Annual report on the lock hospitals of the Madras Presidency
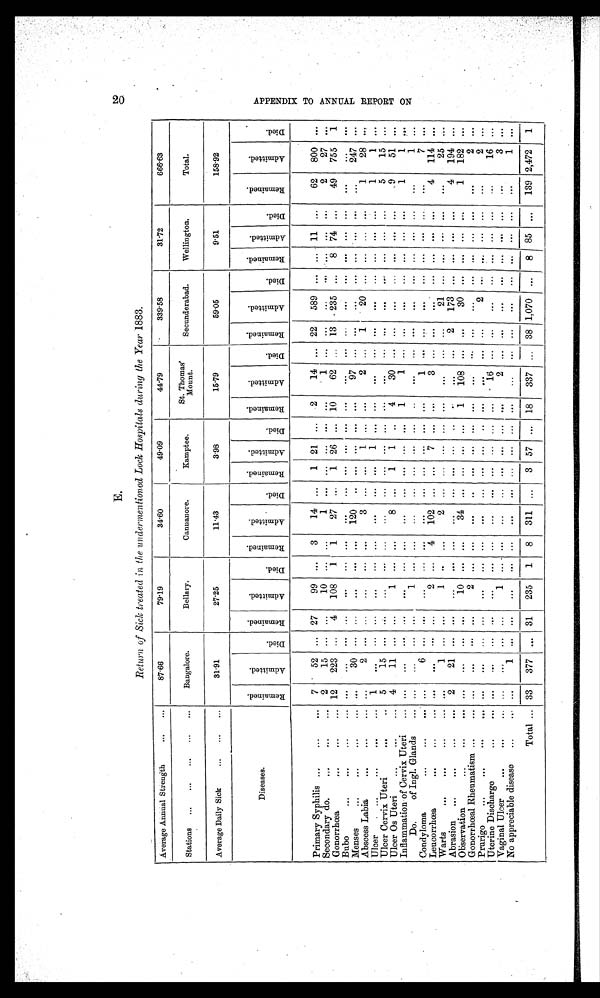
E.
Return of Sick treated in the undermentioned Lock Hospitals during the Year 1883.
Average Annual Strength
... ...
87.66
7919
3 4 . 6 0
49.09
44.79
339.58
31.72
6 6 6 . 6 3
Stations ... ... ... ... ...
Bangalore.
Bellary.
Cannanore.
Kamptee.
St. Thomas'
Mount.
Secunderabad.
Wellington.
Total.
Average Daily Sick
... ... ...
31.91
27.25
11.43
3.98
15.79
59.05
9.51
158.92
Diseases.
R e m a i n e d .
A d m i t t e d .
Di e d .
R e m a i n t e d .
A d m i t t e d .
D i e d .
R e m a i n e d .
A d m i t t e d .
D i e d .
R e m a i n e d .
A d m i t t e d .
D i e d .
R e m a i n e d .
A d m i t t e d .
D i e d .
R e ma i n e d .
A d m i t t e d .
D i e d .
R e ma i n e d . Ad mi t t e d .
D i e d .
R e m a i n e d .
A d m i t t e d .
D i e d .
Primary Syphilis ...
...
... 7
52 ... 27
99 ... 3
14 ... 1 21 ... 2
14 ... 22 589 ... ... 11 ...
62 800
...
Secondary do.
...
...
... 2
15 ... ...
10 ... ...
1
... ... ... ... ...
1
... ...
...
. . .
... ... ...
2
27 ...
Gonorrhoea
...
...
... 12 223 ... 4 108
1 1
27 ... 1 26 ... 10
62 ... 13 235 ... 8 74 ...
49 755 1
Bubo
...
...
...
... ... ... ...
...
...
. . .
... ... ... ... ...
...
... ...
... ... ... ... ...
. . .
... ...
Menses
...
...
...
30 ... ...
...
... ...
120
... ... ... ... ...
97 ... ...
...
... ... ...
...
. . .
247 ...
Abscess Labia
...
... ... 2
... ...
...
... ...
3 ... ...
1
... ...
2 ... 1
20
... ... ... ...
1
28 ...
Ulcer . ...
...
...
... 1
...
... ...
. . . ... ...
... ... ...
1 ... ...
... ... ...
. . .
... ... ... ...
1
1 ...
Ulcer Cervix Uteri
...
.. 5
15 ... ...
...
... ...
... ... ... ... ... ...
. . .
... ...
. . .
... ... ... ...
5
15 ...
Ulcer Os Uteri
...
... 4
11 ... ...
1 ... ...
8 ...
1 1 ..
4
30 ... ...
... ... ... ... ...
9
51 ...
Inflammation of Cervix Uteri
...
...
... ...
...
... ...
... ... ... ... ...
1
1 ...
... ... ... ... ... ...
1
1 ...
Do. of Ingl. Glands
.... ...
...
... ...
1 ... ...
...
... ... ... ...
..
. . .
... ...
. . .
... ... ... ...
...
1 ...
Condyloma
...
...
...
6 ... ...
...
... ...
...
...
... ... ...
1 ...
... ... ... ... ... ...
...
7 ...
Leucorrhœa
...
...
...
. . .
... ...
2 ... 4 102 ... ... 7 ...
...
3 ... ...
. . .
... ... ... ...
4 114 ...
Warts
...
...
... ... ... ...
1 .. ...
2
... ... ... ... ...
. . .
. . . ...
21 ... ... ... ...
. . .
25
...
Abrasion ...
... 2
21 ... ...
...
...
... ... ... ... ...
...
... 2
1 7 3
... ... ... ...
4 194 ...
Observation
...
...
...
...
... ...
10 ... ...
34 ... ... ... ... 1 108 ...
...
3 0
... ... ... ...
1 182 ...
Gonorrhœal Rheumatism ...
... ...
. . .
... ...
2 ... ...
. . . ..
... ... ... ...
. . . ... ...
...
... ... ... ...
. . .
2
...
Prurigo
...
... ...
. . . ...
. . .
. . . . . .
. . .
... ... ... ... ... ...
. . .
. . . ...
2 ... ... ... ...
...
2 ...
Uterine Discharge
...
... ... ... ...
. . .
... ...
. . .
... ... ... ... ... ... ... ...
...
... ... ... ...
...
16
...
vaginal Ulcer
...
. . . . . .
...
... ...
1
... ...
...
... ... ...
. . . ...
2 ... ...
... ... ...
... ...
...
3
...
No appreciable disease
...
1 ... ...
. . .
... ... ... ... ... ... ... ...
. . . ... ...
...
... ... ... ...
...
1 ...
Total ... 33 377 ... 31 235 1 8 311 ... 3 57 ... 18 337 ... 38 1,070 ... 8 85 ... 139 2,472 1
A P P E N D I X T O A N N U A L R E O P R T O N